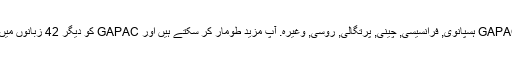
واپسی کے طور پر ، ہم کی مخفف کا ترجمہ کیا ہے GAPAC ہسپانوی, فرانسیسی, چینی, پرتگالی, روسی, وغیرہ. آپ مزید طومار کر سکتے ہیں اور GAPAC کو دیگر 42 زبانوں میں معنی تلاش کرنے کے لیے زبان مینیو پر کلک کریں ۔